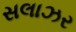
સલાઝર